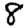
Digit: 8